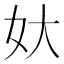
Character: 𡚻